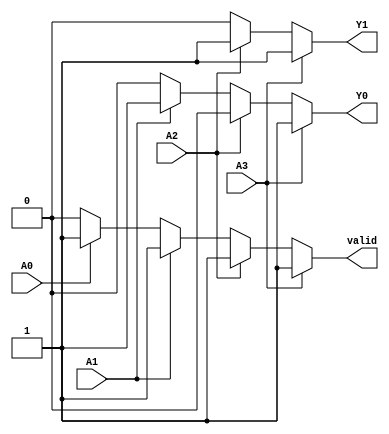
module priority_encoder_4to2 (
    input wire A0,    // Input 0 (lowest priority)
    input wire A1,    // Input 1
    input wire A2,    // Input 2
    input wire A3,    // Input 3 (highest priority)
    output reg Y0,    // Output 0
    output reg Y1,    // Output 1
    output reg valid   // Valid signal to indicate if any input is active
);

always @(*) begin
    // Default outputs
    Y0 = 1'b0;
    Y1 = 1'b0;
    valid = 1'b0;

    // Priority encoding logic
    if (A3) begin
        Y1 = 1'b1; // Highest priority
        Y0 = 1'b1;
        valid = 1'b1;
    end else if (A2) begin
        Y1 = 1'b1; // Second highest priority
        Y0 = 1'b0;
        valid = 1'b1;
    end else if (A1) begin
        Y1 = 1'b0; // Third highest priority
        Y0 = 1'b1;
        valid = 1'b1;
    end else if (A0) begin
        Y1 = 1'b0; // Lowest priority
        Y0 = 1'b0;
        valid = 1'b1;
    end
    // If all inputs are low, Y0 and Y1 remain 0, and valid is also 0
end

endmodule